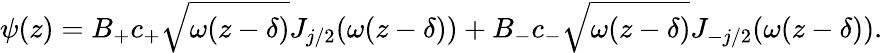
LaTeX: \psi(z)=B_{+}c_{+}\sqrt{\omega(z-\delta)}J_{j/2}(\omega(z-\delta))+B_{-}c_{-}\sqrt{\omega(z-\delta)}J_{-j/2}(\omega(z-\delta)).